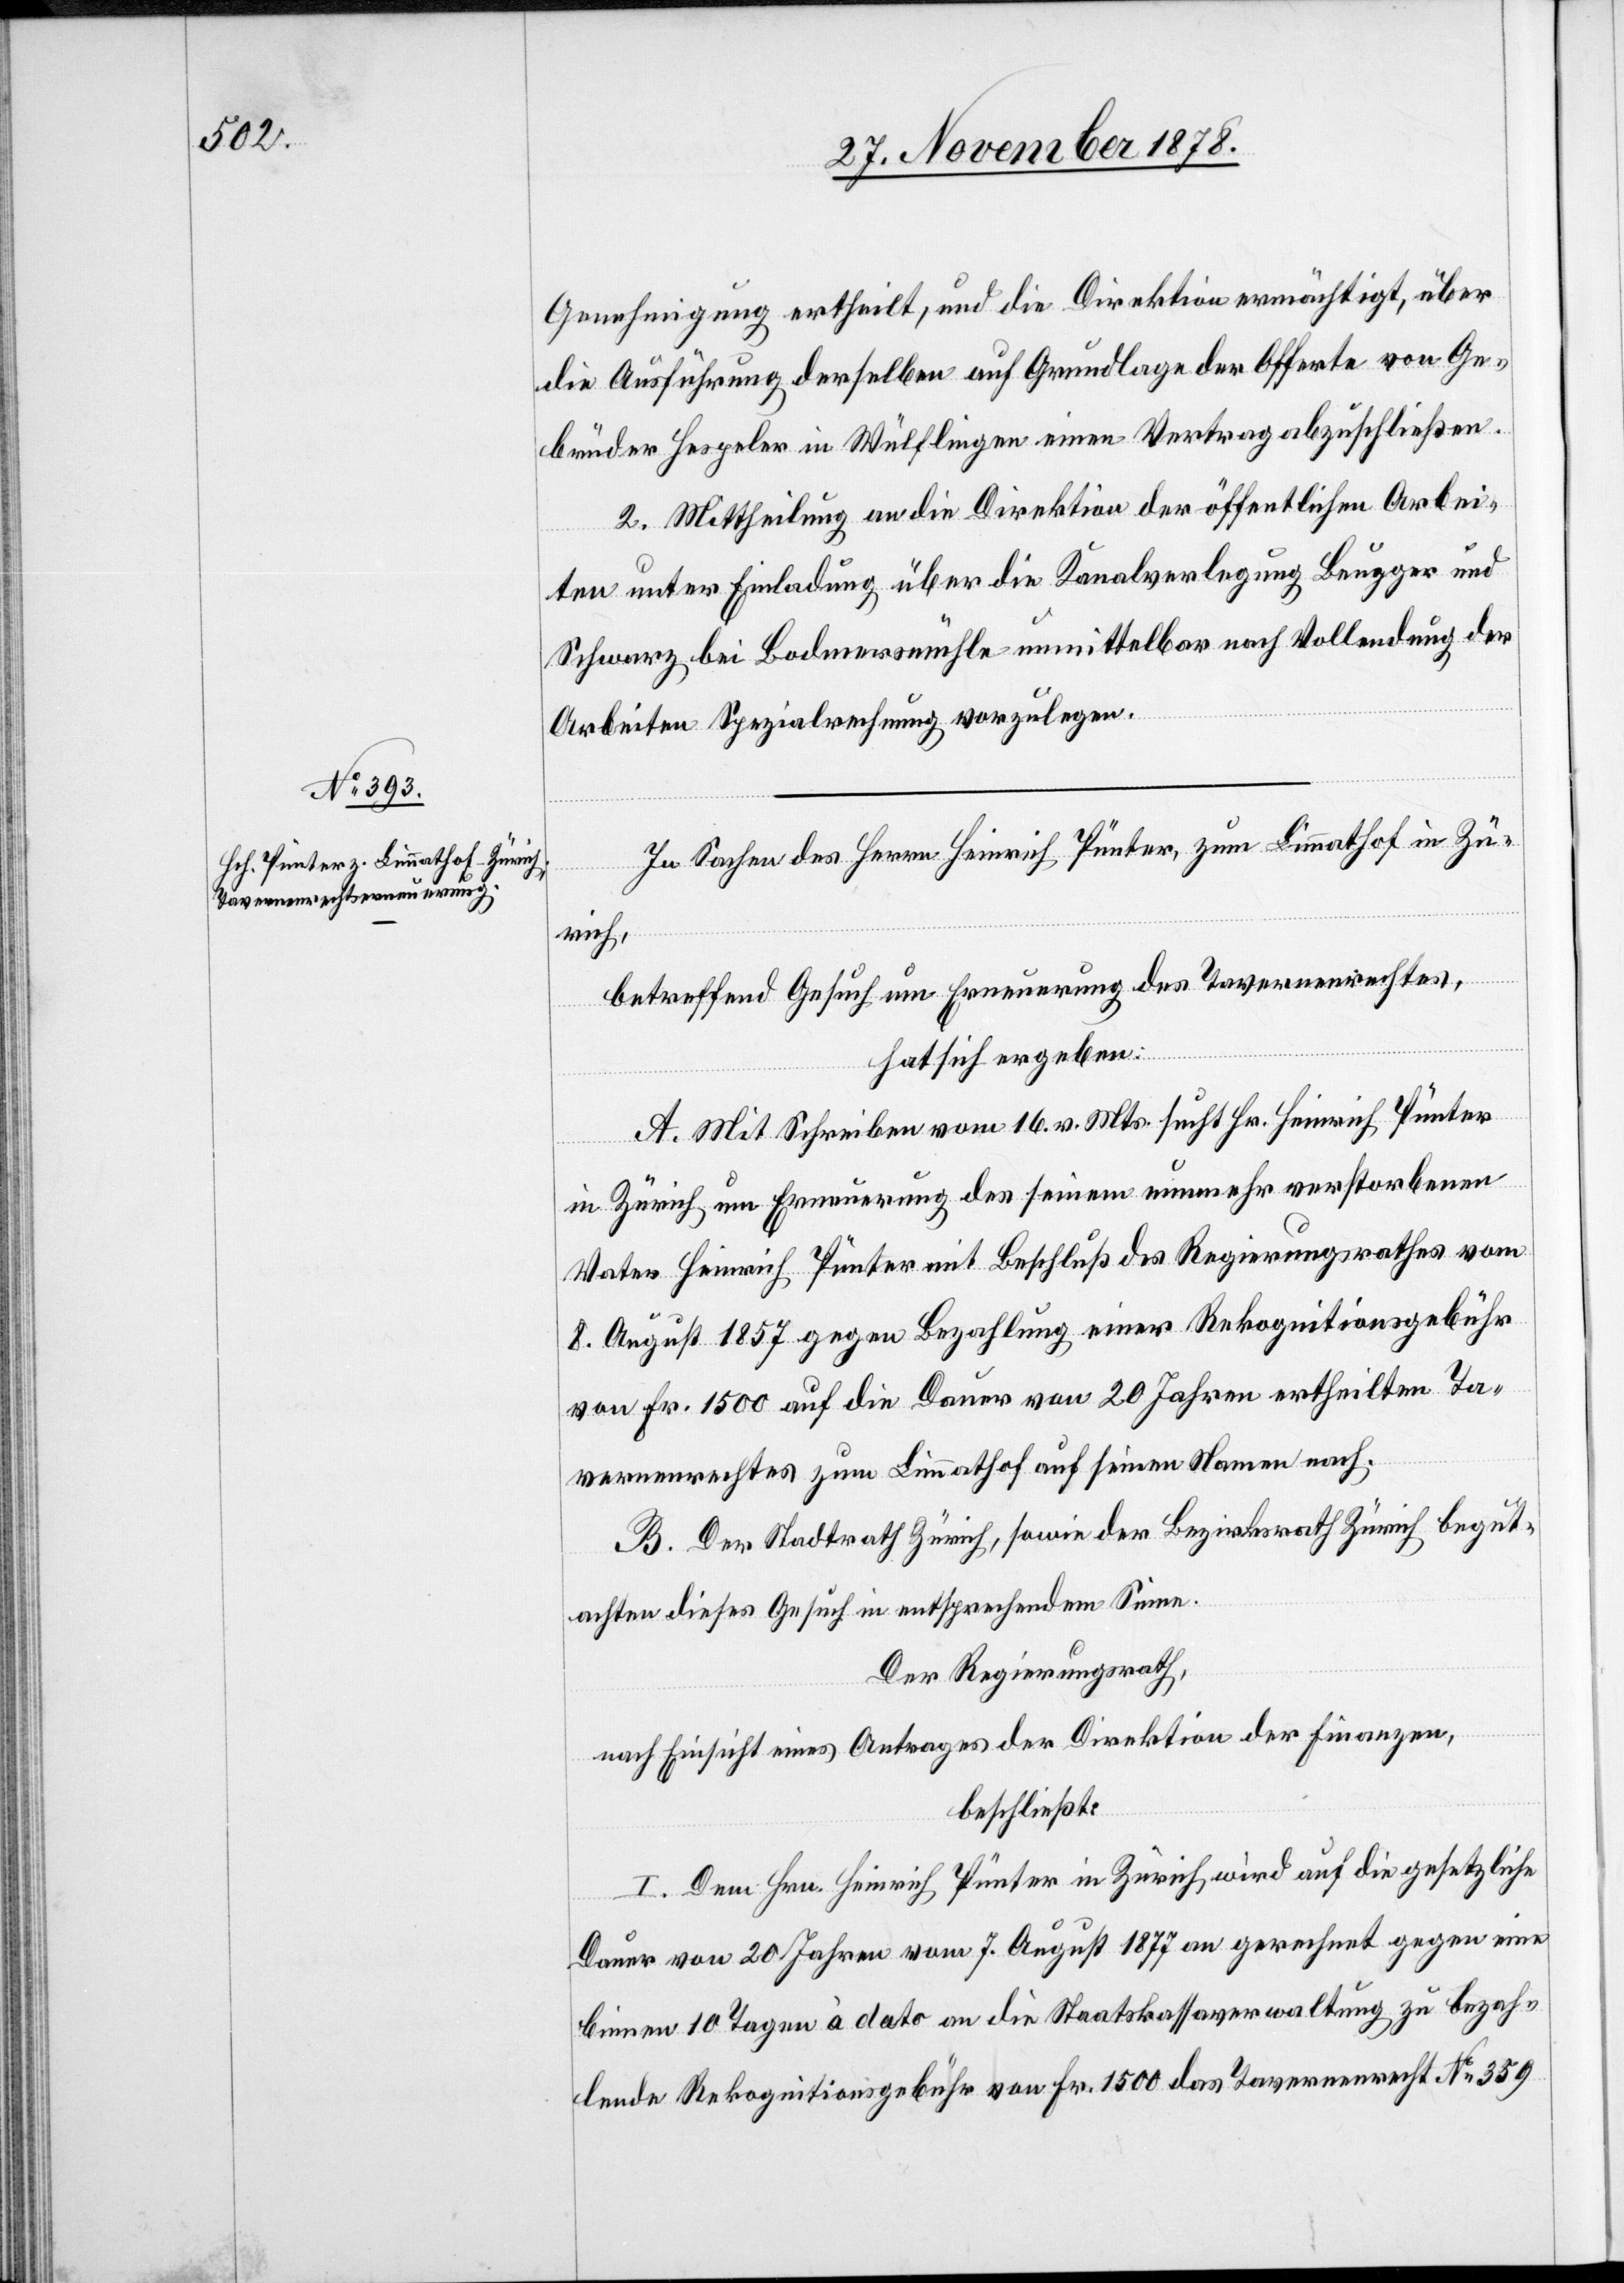
Genehmigung ertheilt, und die Direktion ermächtigt, über
die Ausführung derselben auf Grundlage der Offerte von Ge¬
brüder Hespeler in Wülflingen einen Vertrag abzuschließen.
2. Mittheilung an die Direktion der öffentlichen Arbei¬
ten unter Einladung über die Kanalverlegung Beugger und
Schwarz bei Bodmersmühle unmittelbar nach Vollendung der
Arbeiten Spezialrechnung vorzulegen.
In Sachen des Herrn Heinrich Pünter, zum Limmathof in Zü¬
rich,
betreffend Gesuch um Erneuerung des Tavernenrechtes,
hat sich ergeben:
A. Mit Schreiben vom 16. v. Mts. sucht Hr. Heinrich Pünter
in Zürich um Erneuerung des seinem nunmehr verstorbenen
Vater Heinrich Pünter mit Beschluß des Regierungsrathes vom
8. August 1857 gegen Bezahlung einer Rekognitionsgebühr
von Fr. 1500 auf die Dauer von 20 Jahren ertheilten Ta¬
vernenrechtes zum Limmathof auf seinen Namen nach.
B. Der Stadtrath Zürich, sowie der Bezirksrath Zürich begut¬
achten dieses Gesuch in entsprechendem Sinne.
Der Regierungsrath,
nach Einsicht eines Antrages der Direktion der Finanzen,
beschließt:
I. Dem Hrn. Heinrich Pünter in Zürich wird auf die gesetzliche
Dauer von 20 Jahren vom 7. August 1877 an gerechnet gegen eine
binnen 10 Tagen à dato an die Staatskassaverwaltung zu bezah¬
lende Rekognitionsgebühr von Fr. 1500 das Tavernenrecht No 359